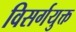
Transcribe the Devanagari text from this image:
विसर्गयुक्त